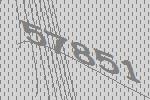
57851